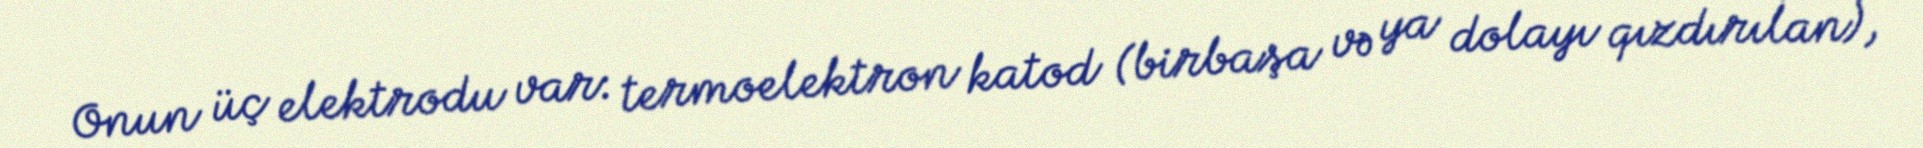
Onun üç elektrodu var: termoelektron katod (birbaşa və ya dolayı qızdırılan),